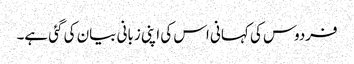
فردوس کی کہانی اس کی اپنی زبانی بیان کی گئی ہے۔